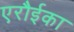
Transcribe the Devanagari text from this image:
एरौईका